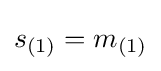
s_{(1)}=m_{(1)}